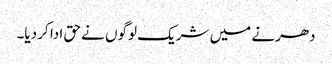
دھرنے میں شریک لوگوں نے حق ادا کر دیا۔